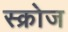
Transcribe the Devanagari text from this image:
स्क्रोज